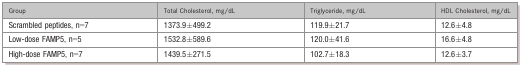
| Group | Total Cholesterol, mg/dL | Triglyceride, mg/dL | HDL Cholesterol, mg/dL |
 | --- | --- | --- | --- |
 | Scrambled peptides, n=7 | 1373.9±499.2 | 119.9±21.7 | 12.6±4.8 |
 | Low‐dose FAMP5, n=5 | 1532.8±589.6 | 120.0±41.6 | 16.6±4.8 |
 | High‐dose FAMP5, n=7 | 1439.5±271.5 | 102.7±18.3 | 12.6±3.7 |